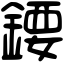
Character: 𨪁